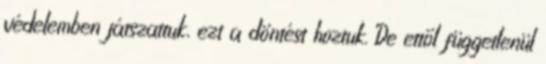
védelemben játszattuk, ezt a döntést hoztuk. De ettől függetlenül